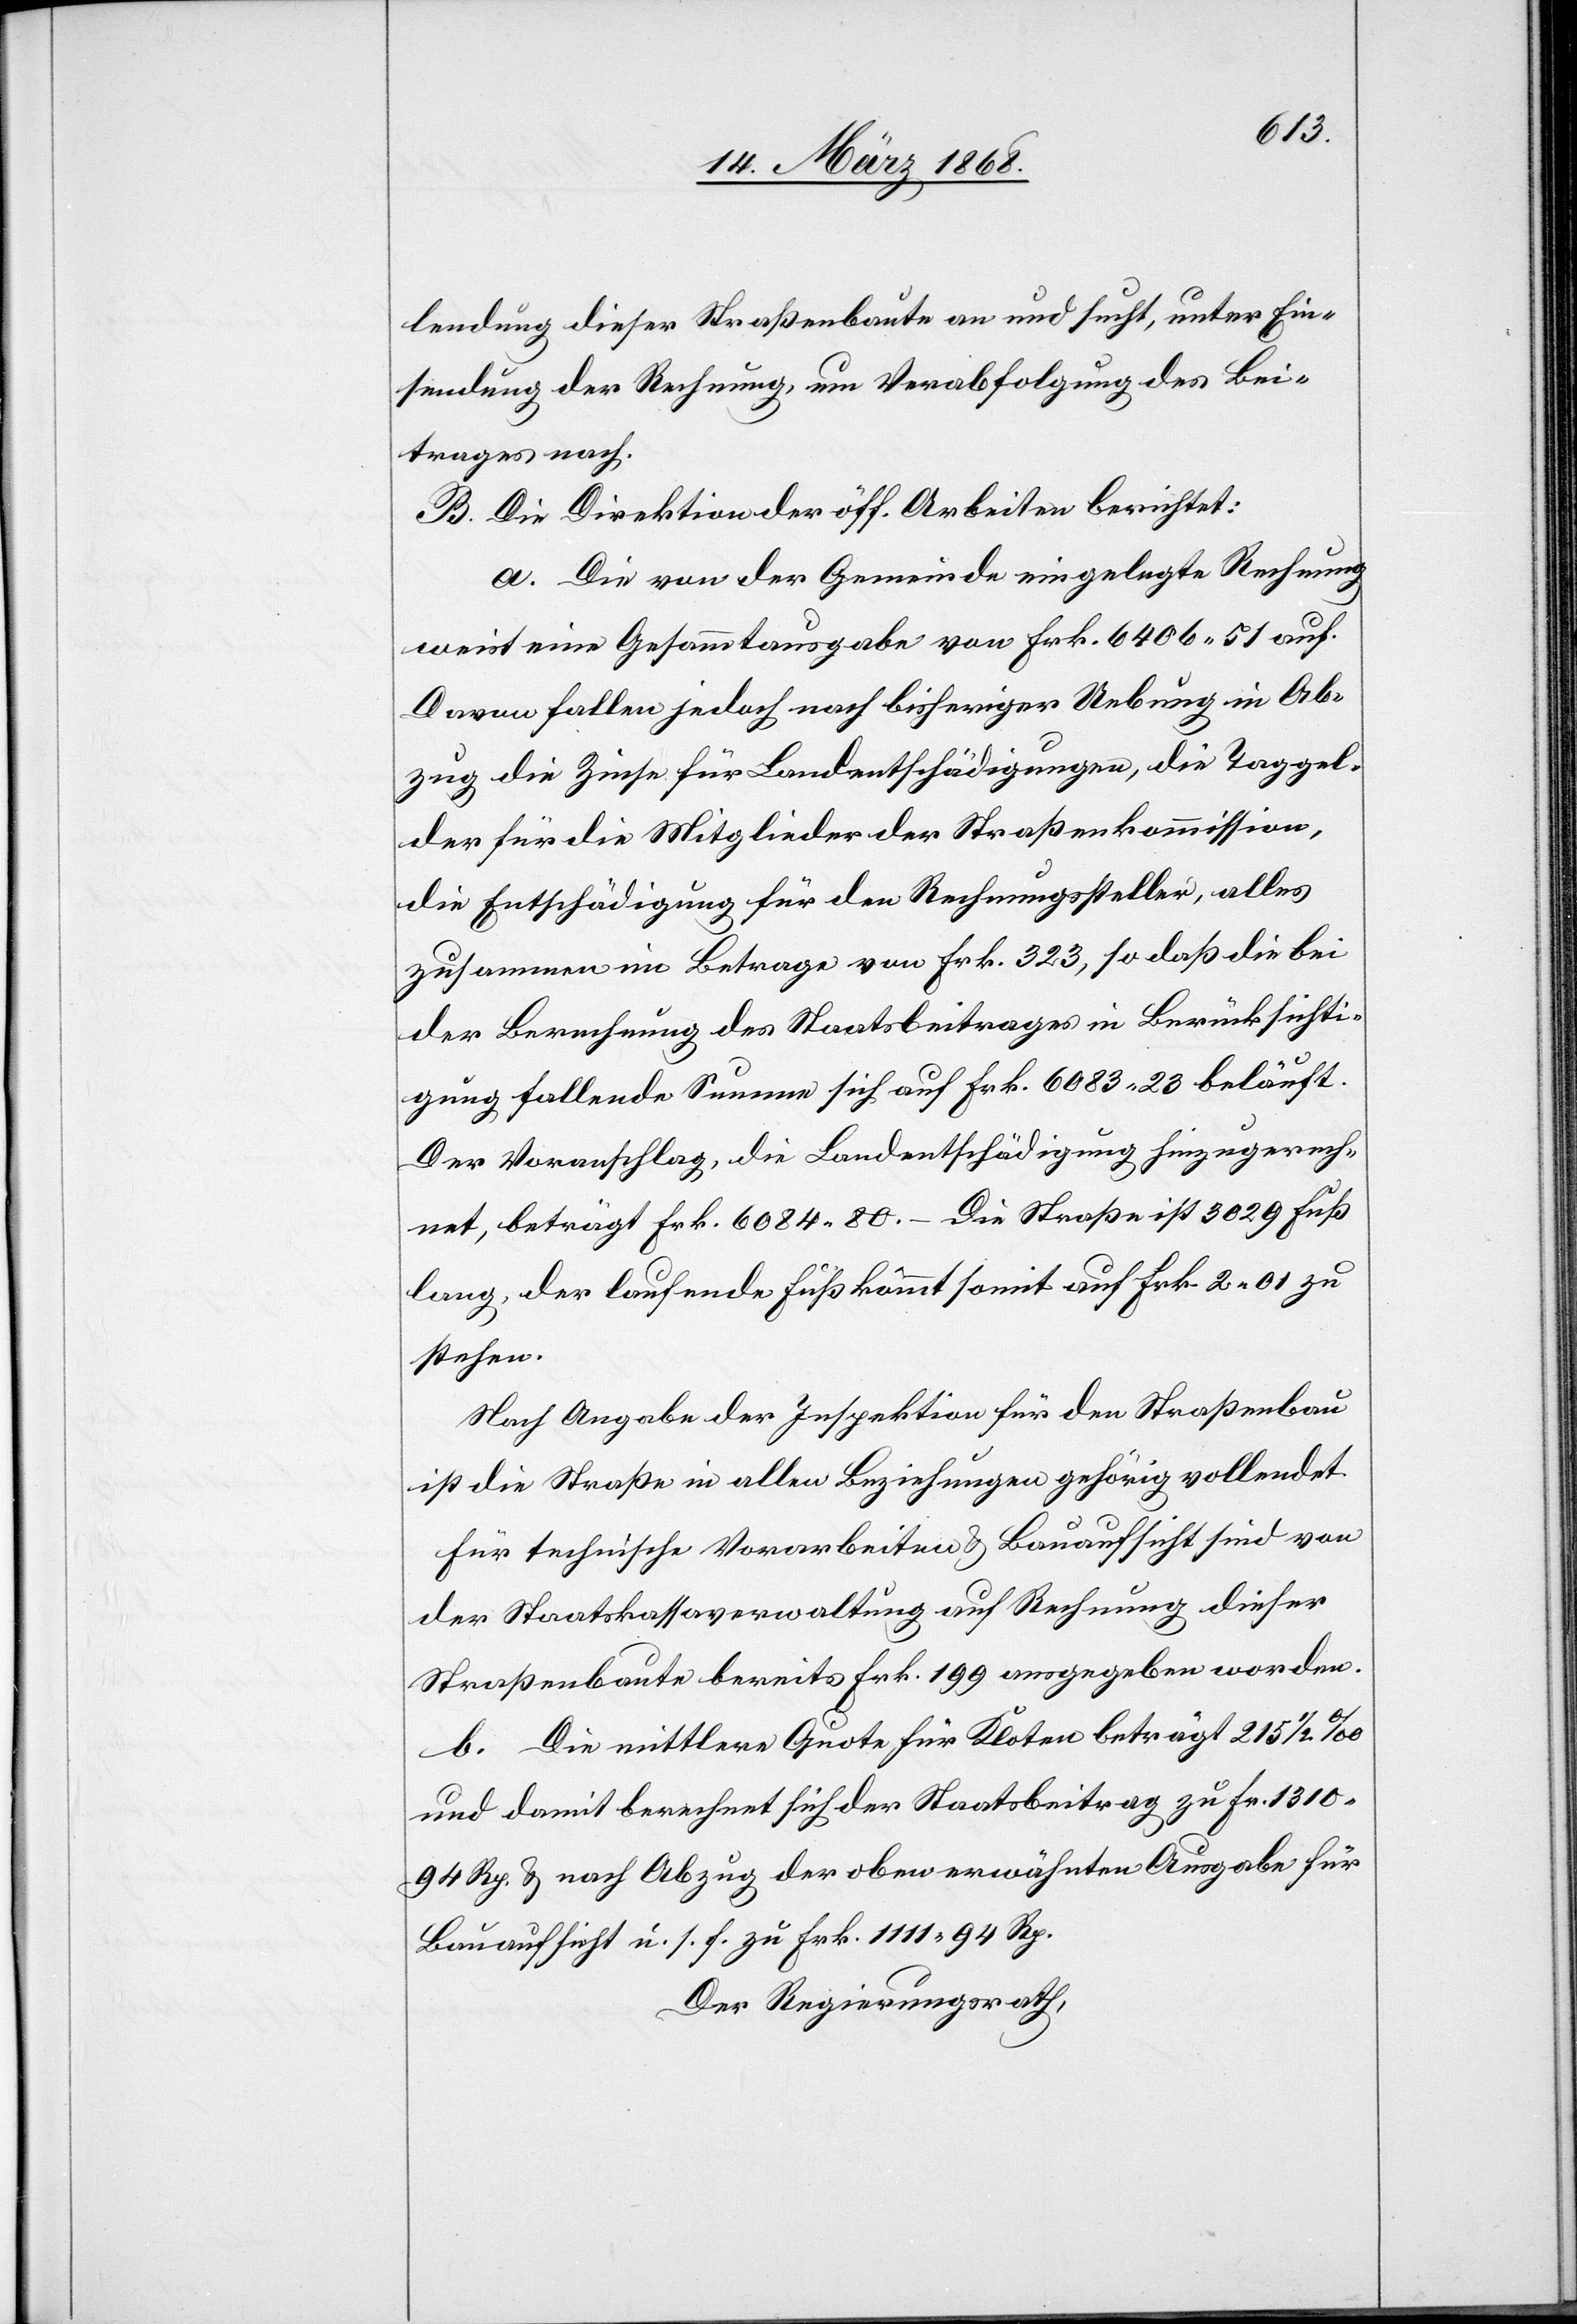
lendung dieser Straßenbaute an und sucht, unter Ein¬
sendung der Rechnung, um Verabfolgung des Bei¬
trages nach.
B. Die Direktion der öff. Arbeiten berichtet:
a. Die von der Gemeinde eingelegte Rechnung
weist eine Gesammtausgabe von Frk. 6406. 51 auf.
Davon fallen jedoch nach bisheriger Uebung in Ab¬
zug die Zinse für Landentschädigungen, die Taggel¬
der für die Mitglieder der Straßenkommission,
die Entschädigung für den Rechnungssteller, alles
zusammen im Betrage von Frk. 323, so daß die bei
der Berechnung des Staatsbeitrages in Berücksichti¬
gung fallende Summe sich auf Frk. 6083. 23 beläuft.
Der Voranschlag, die Landentschädigung hinzugerech¬
net, beträgt Frk. 6084. 80. – Die Straße ist 3029 Fuß
lang, der laufende Fuß kömmt somit auf Frk. 2. 01 zu
stehen.
Nach Angabe der Inspektion für den Straßenbau
ist die Straße in allen Beziehungen gehörig vollendet.
Für technische Vorarbeiten & Bauaufsicht sind von
der Staatskassaverwaltung auf Rechnung dieser
Straßenbaute bereits Frk. 199 ausgegeben worden.
b. Die mittlere Quote für Kloten beträgt 215 1/2 ‰
und damit berechnet sich der Staatsbeitrag zu Fr. 1310.
94 Rp. & nach Abzug der oben erwähnten Ausgabe für
Bauaufsicht u. s. f. zu Frk. 1111. 94 Rp.
Der Regierungsrath,